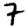
Digit: 7